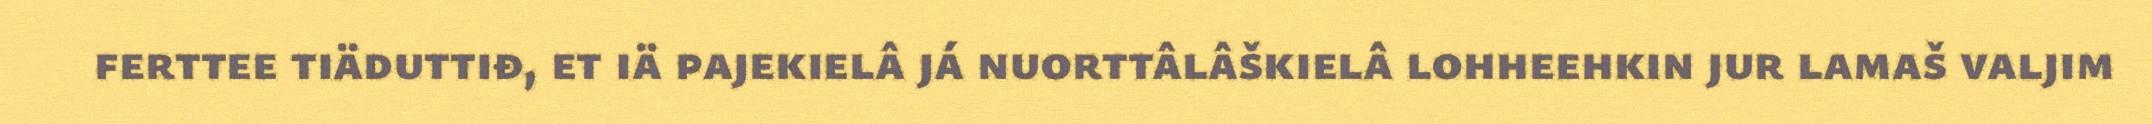
ferttee tiäduttiđ, et iä pajekielâ já nuorttâlâškielâ lohheehkin jur lamaš valjim